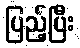
ပြည့်ပြီး